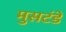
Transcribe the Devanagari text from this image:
मुसटंडे